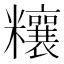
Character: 𥽬